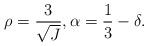
LaTeX: \begin{align*}\rho=\frac{3}{\sqrt{J}},\alpha=\frac{1}{3}-\delta.\end{align*}